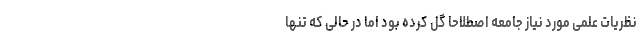
نظریات علمی مورد نیاز جامعه اصطلاحاً گُل کرده بود اما در حالی که تنها